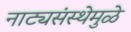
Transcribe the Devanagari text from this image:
नाट्यसंस्थेमुळे